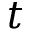
t